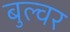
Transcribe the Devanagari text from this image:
बुल्वर